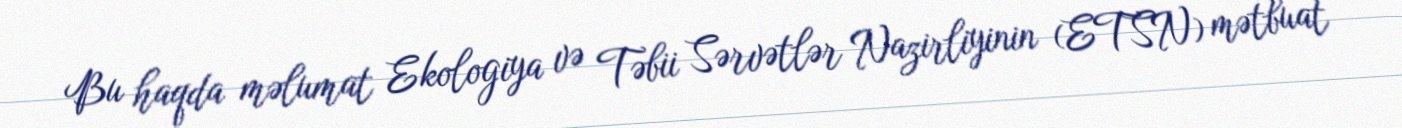
Bu haqda məlumat Ekologiya və Təbii Sərvətlər Nazirliyinin (ETSN) mətbuat